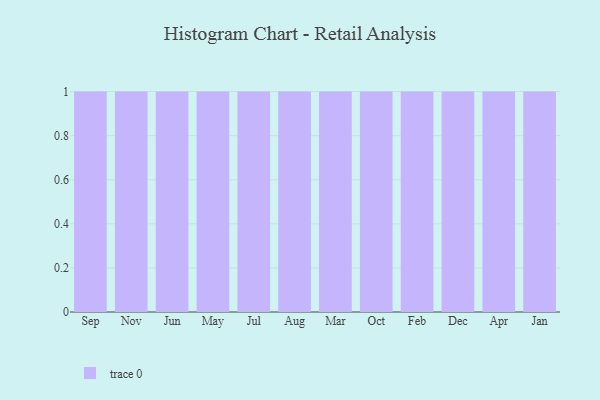
{"axis": {"x": "Month", "y": "Humidity (%)"}, "legend": [""], "data": [{"x": "Sep", "y": 79, "type": ""}, {"x": "Nov", "y": 40, "type": ""}, {"x": "Jun", "y": 31, "type": ""}, {"x": "May", "y": 63, "type": ""}, {"x": "Jul", "y": 3, "type": ""}, {"x": "Aug", "y": 4, "type": ""}, {"x": "Mar", "y": 72, "type": ""}, {"x": "Oct", "y": 64, "type": ""}, {"x": "Feb", "y": 17, "type": ""}, {"x": "Dec", "y": 30, "type": ""}, {"x": "Apr", "y": 57, "type": ""}, {"x": "Jan", "y": 13, "type": ""}]}